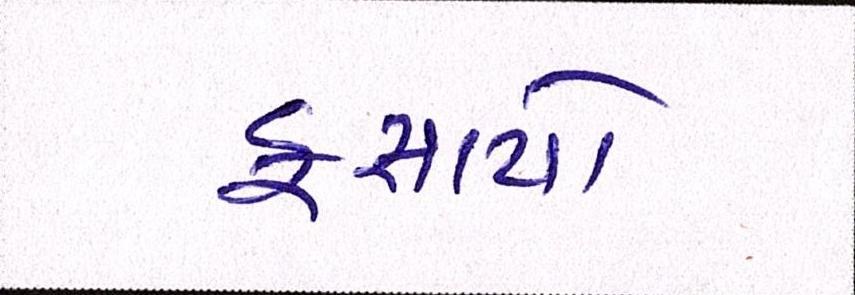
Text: ફસાયો